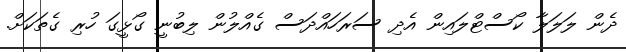
ދެން ލަލަލާ ކޯސްޓްލައިން އެދި ސަރަހައްދަސް ގެއްލުން ލިބުނީ ގޯޅީގަ ހުރި ގެތަކަށް.